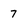
Character: 7